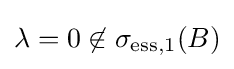
\lambda =0\not \in \sigma _{\mathrm {ess} ,1}(B)